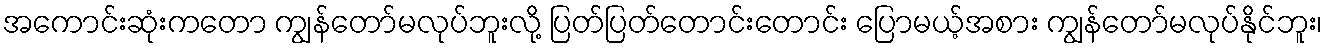
အကောင်းဆုံးကတော ကျွန်တော်မလုပ်ဘူးလို့ ပြတ်ပြတ်တောင်းတောင်း ပြောမယ့်အစား ကျွန်တော်မလုပ်နိုင်ဘူး၊